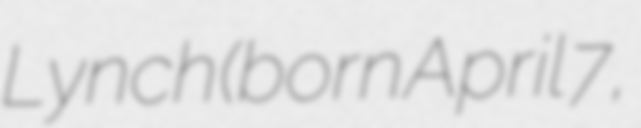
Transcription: Lynch (born April 7,